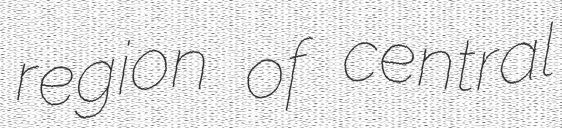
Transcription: region of central